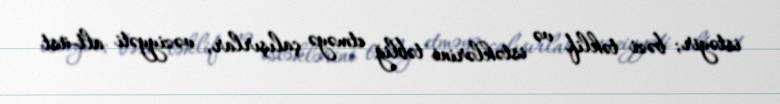
istəyir; bəzi təklif və istəklərini təbliğ etməyə çalışırlar, vəziyyəti alt-üst